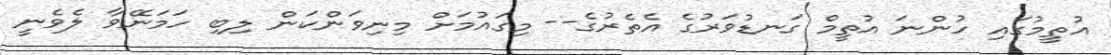
އުތީމުގައި ހުންނަ އުތީމް ގަނޑުވަރުގެ އެތެރުގެ-- މިގައުމަށް މިނިވަންކަން ލިބި ހަމަނޭވާ ލެވެނީ